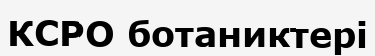
КСРО ботаниктері